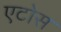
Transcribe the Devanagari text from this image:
एटोस